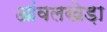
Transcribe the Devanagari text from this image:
आंवलखेड़ा